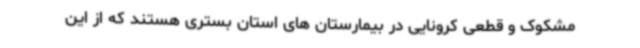
مشکوک و قطعی کرونایی در بیمارستان های استان بستری هستند که از این